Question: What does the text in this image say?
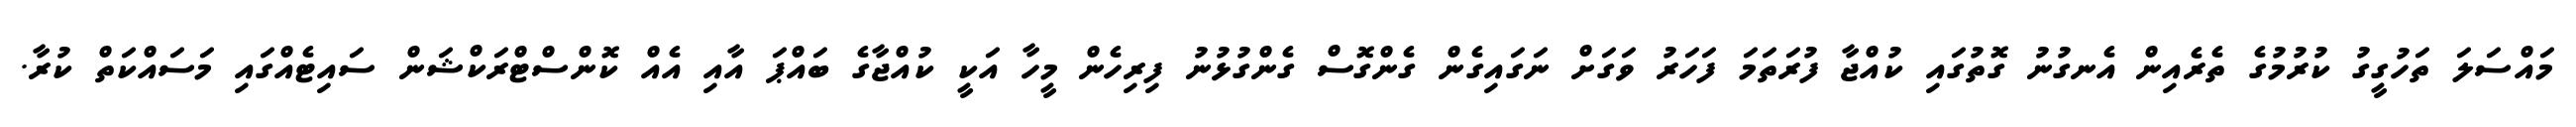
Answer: މައްސަލަ ތަހުގީގު ކުރުމުގެ ތެރެއިން އެނގުނު ގޮތުގައި ކުއްޖާ ފުރަތަމަ ފަހަރު ވަގަށް ނަގައިގެން ގެންގޮސް ގެންގުޅުނު ފިރިހެން މީހާ އަކީ ކުއްޖާގެ ބައްޕަ އާއި އެއް ކޮންސްޓްރަކްޝަން ސައިޓެއްގައި މަސައްކަތް ކުރާ.